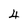
Character: 4